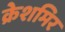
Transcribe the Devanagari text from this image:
क्रेशमिर